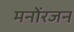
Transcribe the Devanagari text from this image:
मनोंरजन